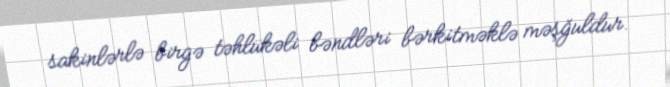
sakinlərlə birgə təhlükəli bəndləri bərkitməklə məşğuldur.